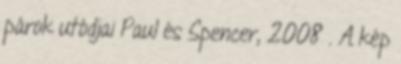
párok utódjai Paul és Spencer, 2008 . A kép